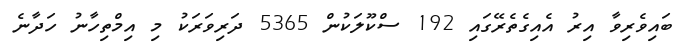
ބައިވެރިވާ އިރު އެއިގެތެރޭގައި 192 ސްކޫލަކުން 5365 ދަރިވަރަކު މި އިމްތިހާނު ހަދާނެ